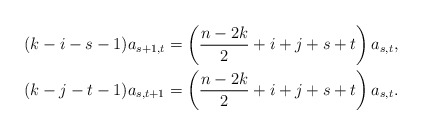
\begin{align*} (k-i-s-1)a_{s+1,t} & = \left(\frac{n-2k}{2}+i+j+s+t\right)a_{s,t} , \\ (k-j-t-1)a_{s,t+1} & = \left(\frac{n-2k}{2}+i+j+s+t\right)a_{s,t} . \end{align*}